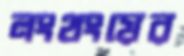
লংথংয়ের